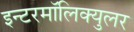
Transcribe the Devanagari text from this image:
इन्टरमॉलिक्युलर